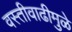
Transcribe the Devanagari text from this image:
वस्तीवाढीमुळे